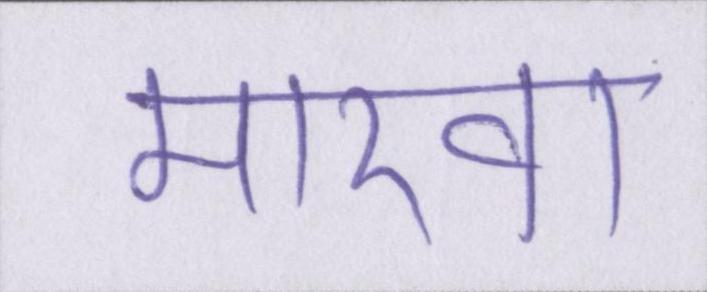
मारवा